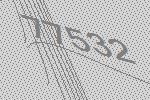
77532